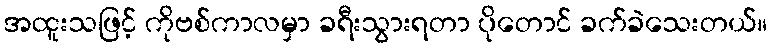
အထူးသဖြင့် ကိုဗစ်ကာလမှာ ခရီးသွားရတာ ပိုတောင် ခက်ခဲသေးတယ်။